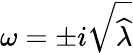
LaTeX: \omega=\pm i\sqrt{\widehat{\lambda}}